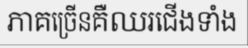
ភាគច្រើនគឺឈរជើងទាំង